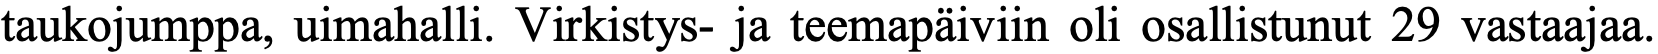
taukojumppa, uimahalli. Virkistys- ja teemapäiviin oli osallistunut 29 vastaajaa.